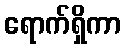
ရောက်ရှိကာ